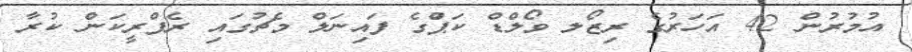
އުމުރުން 42 އަހަރުގެ ރިޒޯލ ވޯލްޑް ކަޕްުގެ ފައިނަލް މެޗުގައި ރެފްރީކަން ކުރާ